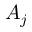
A _ { j }